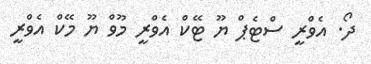
ދޯ. އެވްރީ ސްޓެޕް ޔޫ ޓޭކް އެވްރީ މޫވް ޔޫ މޭކް އެވްރީ